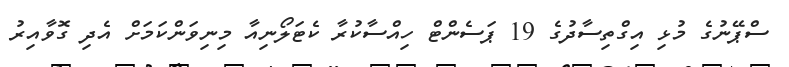
ސްޕޭނުގެ މުޅި އިގްތިސާދުގެ 19 ޕަސެންޓް ހިއްސާކުރާ ކެޓަލޯނިއާ މިނިވަންކަމަށް އެދި ގޮވާއިރު